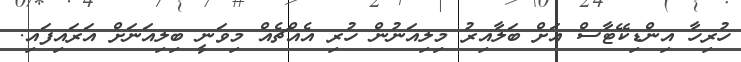
ހުރިހާ އިންޑިކޭޓާސް އަށް ބަލާއިރު މިލިއަނުން ހުރި އެއްޗެއް މިވަނީ ބިލިއަނަށް އަރައިފައި.